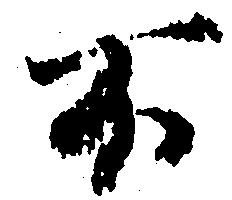
不